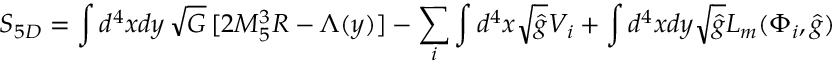
{ \cal S } _ { 5 D } = \int d ^ { 4 } x d y \, \sqrt { G } \, [ 2 M _ { 5 } ^ { 3 } R - \Lambda ( y ) ] - \sum _ { i } \int d ^ { 4 } x \sqrt { \hat { g } } V _ { i } + \int d ^ { 4 } x d y \sqrt { \hat { g } } { \cal L } _ { m } ( \Phi _ { i } , \hat { g } )